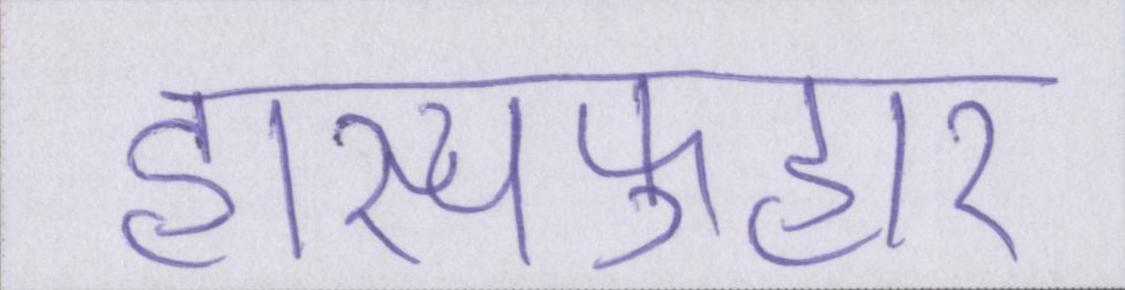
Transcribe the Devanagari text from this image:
हास्यफुहार